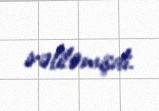
irəliləmişdi.